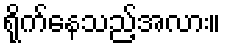
ရိုက်နေသည့်အလား။